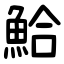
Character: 鮯